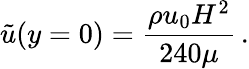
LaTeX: \tilde{u}(y=0)={\frac{\rho u_{0}H^{2}}{240\mu}}\, .